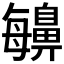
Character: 𪖬